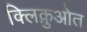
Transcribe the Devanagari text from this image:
क्लिक़ुओत